Annual statistical returns and brief notes on vaccination in Bengal - 1887-1898
Year: 1887
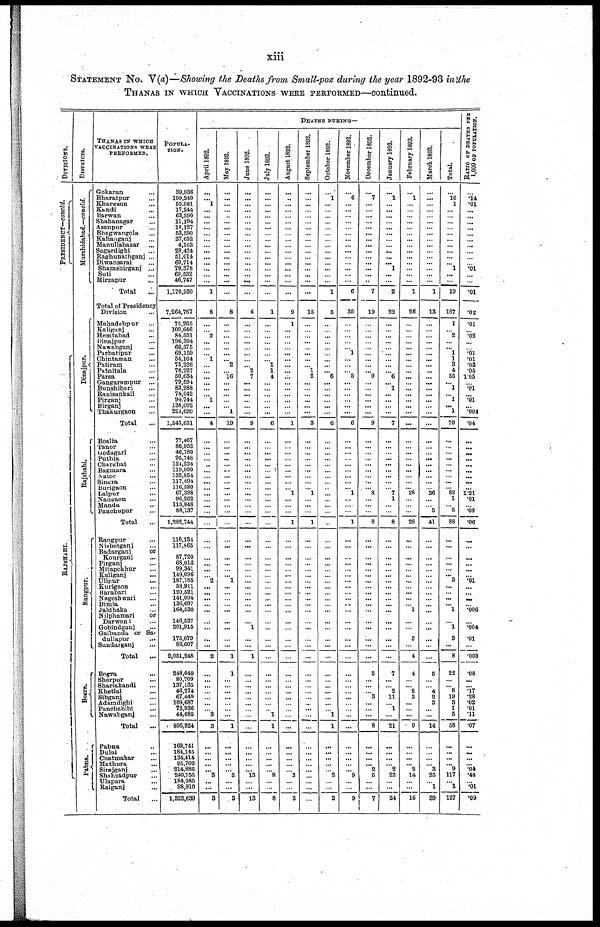
xiii
STATEMENT No. V(a)—Showing the Deaths from Small-pox during the year 1892-93 in the
THANAS IN WHICH VACCINATIONS WERE PERFORMED—continued.
DIVISIONS.
PRESIDENCY—concld.
RAJSHAHI.
DISTRICTS.
Murshidabad.—concld.
Dinajpur.
Rajshahi.
Rangpur.
Bogra.
Pabna.
THANAS IN WHICH
VACCINATIONS WERE
PERFORMED.
Gokaran ...
Bharatpur ...
Khargaon ...
Kandi ...
Barwan ...
Shahanagar ...
Asanpur ...
Bhagwangola ...
Kalianganj ...
Manullabazar ...
Sagardighi ...
Raghunathganj ...
Diwansarai ...
Shamshirganj ...
Suti ...
Mirzapur ...
Total
...
Total of Presidency
Division ...
Mahadebpur ...
Kaliganj ...
Hemtabad ...
Dinajpur
...
Nawabganj ...
Parbatipur ...
Chintaman ...
Patiram
...
Patnitala ...
Parsa ...
Gangarampur ...
Bunshihari ...
Ranisankail ...
Pirganj ...
Birganj ...
Thakurgaon ...
Total ...
Boalia ...
Tanor
...
Godagari ...
Puthia ...
Charghat ...
Bagmara ...
Nator ...
Singra ...
Burigaon ...
Dalpur ...
Naugaon ...
Manda ...
Panchupur ...
Total ...
Rangpur ...
Nisbetganj ...
Badarganj
or
Kourganj ...
Pirganj ...
Mitapokhur ...
Kaliganj
...
Ulipur ...
Kurigaon ...
Barabari ...
Nageshwari ...
Dimla ...
Jaldhaka ...
Nilphamari
or
Darwani ...
Gobindganj ...
Gaibanda or Sa¬
dullapur ...
Sundarganj ...
Total ...
Bogra ...
Sherpur ...
Shariakandi ...
Khetlal ...
Sibganj
...
Adamdighi ...
Panchabibi ...
Nawabganj ...
Total
...
Pabna ...
Dulai ...
Chatmahar ...
Mathura ...
Sirajganj ...
Shahzadpur ...
Ulapara ...
Raiganj ...
Total ...
POPULA¬
TION.
39,936
109,240
55,981
17,244
63,590
11,194
10,127
53,590
37,652
4,163
29,424
51,014
60,714
79,378
69,532
46,747
1,170,930
7,264,767
73,265
100,646
84,551
196,394
66,375
69,159
54,164
75,226
78,927
50,634
79,594
83,288
74,042
94,744
138,002
224,620
1,543,631
77,467
86,952
46,780
95,748
124,224
119,000
132,854
117,494
116,580
67,398
96,262
113,848
88,137
1,282,744
110,134
117,865
87,720
68,016
99,341
149,096
187,185
58,911
120,521
141,094
136,697
164,530
146,537
201,915
175,079
86,607
2,051,248
248,049
80,709
137,135
46,274
67,449
109,687
72,936
44,685
806,924
169,741
184,145
134,414
95,702
214,886
240,756
184,085
98,910
1,322,639
DEATHS DURING—
April 1892.
...
...
1
...
...
...
...
...
...
...
...
...
...
...
...
...
1
8
...
... 2
...
...
... 1
...
...
...
...
...
... 1
...
...
4
...
...
...
...
...
...
...
...
...
...
...
...
...
...
...
...
...
...
...
...
2
...
...
...
...
...
...
...
...
...
2
...
...
...
...
...
...
...
3
3
...
...
...
...
... 3
...
...
3
May 1892.
...
...
...
...
...
...
...
...
...
...
...
...
...
...
...
...
...
8
...
...
...
...
...
...
... 2
...
16
...
...
...
...
...
1
19
...
...
...
...
...
...
...
...
...
...
...
...
...
...
...
...
...
...
...
... 1
...
...
...
...
...
...
...
...
...
1
1
...
...
...
...
...
...
...
1
...
...
...
...
... 3
...
...
3
June 1892.
...
...
...
...
...
...
...
...
...
...
...
...
...
...
...
...
...
6
...
...
...
...
...
...
...
... 2
7
...
...
...
...
...
...
9
...
...
...
...
...
...
...
...
...
...
...
...
...
...
...
...
...
...
...
...
...
...
...
...
...
...
...
1
...
...
1
...
...
...
...
...
...
...
...
...
...
...
...
...
... 13
...
...
13
July 1892.
...
...
...
...
...
...
...
...
...
...
...
...
...
...
...
...
...
1
...
...
...
...
...
...
... 1
1
4
...
...
...
...
...
...
6
...
...
...
...
...
...
...
...
...
...
...
...
...
...
...
...
...
...
...
...
...
...
...
...
...
...
...
...
...
...
...
...
...
...
...
...
...
...
1
1
...
...
...
...
...
8
...
...
8
August 1892.
...
...
...
...
...
...
...
...
...
...
...
...
...
...
...
...
...
9
1
...
...
...
...
...
...
...
...
...
...
...
...
...
...
...
1
...
...
...
...
...
...
...
...
... 1
...
...
...
1
...
...
...
...
...
...
...
...
...
...
...
...
...
...
...
...
...
...
...
...
...
...
...
...
...
...
...
...
...
...
...
3
...
...
3
September 1892.
...
...
...
...
...
...
...
...
...
...
...
...
...
...
...
...
...
15
...
...
...
...
...
...
...
...
1
2
...
...
...
...
...
...
3
...
...
...
...
...
...
...
...
... 1
...
...
...
1
...
...
...
...
...
...
...
...
...
...
...
...
...
...
...
...
...
...
...
...
...
...
...
...
...
...
...
...
...
...
...
...
...
...
...
October 1892.
...
1
...
...
...
...
...
...
...
...
...
...
...
...
...
...
1
5
...
...
...
...
...
...
...
...
... 6
...
...
...
...
...
...
6
...
...
...
...
...
...
...
...
...
...
...
...
...
...
...
...
...
...
...
...
...
...
...
...
...
...
...
...
...
...
...
...
...
...
...
...
...
... 1
1
...
...
...
...
...
2
...
...
2
November 1892.
...
6
...
...
...
...
...
...
...
...
...
...
...
...
...
...
6
35
...
...
...
...
...
1
...
...
... 5
...
...
...
...
...
...
6
...
...
...
...
...
...
...
...
... 1
...
...
...
1
...
...
...
...
...
...
...
...
...
...
...
...
...
...
...
...
...
...
...
...
...
...
...
...
...
...
...
...
...
...
... 9
...
...
9
December 1892.
...
7
...
...
...
...
...
...
...
...
...
...
...
...
...
...
7
19
...
...
...
...
...
...
...
...
... 9
...
...
...
...
...
...
9
...
...
...
...
...
...
...
...
... 8
...
...
...
8
...
...
...
...
...
...
...
...
...
...
...
...
...
...
...
...
...
5
...
...
... 3
...
...
...
8
...
...
...
... 2
5
...
...
7
January 1893.
...
1
...
...
...
...
...
...
...
...
...
...
... 1
...
...
2
22
...
...
...
...
...
...
...
...
... 6
...
1
...
...
...
...
7
...
...
...
...
...
...
...
...
...
7
1
...
...
8
...
...
...
...
...
...
...
...
...
...
...
...
...
...
...
...
...
7
...
...
2
11
... 1
...
21
...
...
...
...
2
22
...
...
24
February 1893.
...
1
...
...
...
...
...
...
...
...
...
...
...
...
...
...
1
26
...
...
...
...
...
...
...
...
...
...
...
...
...
...
...
...
...
...
...
...
...
...
...
...
...
... 28
...
...
...
28
...
...
...
...
...
...
...
...
...
...
...
1
...
...
3
...
4
4
...
... 2
3
...
...
...
9
...
...
...
... 2
14
...
...
16
March 1893.
...
...
...
...
...
...
...
...
...
...
...
...
...
...
...
...
1
13
...
...
...
...
...
...
...
...
...
...
...
...
...
...
...
...
...
...
...
...
...
...
...
...
...
...
36
...
...
5
41
...
...
...
...
...
...
...
...
...
...
...
...
...
...
...
...
...
5
...
...
4
2
3
...
...
14
...
...
...
... 3
35
... 1
39
Total.
...
16
1
...
...
...
...
...
...
...
...
...
... 1
...
...
19
167
1
... 2
...
... 1
1
3
4
55
... 1
... 1
... 1
70
...
...
...
...
...
...
...
...
... 82
1
... 5
88
...
...
...
...
...
... 3
...
...
...
... 1
...
1
3
...
8
22
...
... 8
19
3
1
5
58
...
...
...
... 9
117
... 1
127
RATIO OF DEATHS PER
1,000 OF POPULATION.
...
.14
.01
...
...
...
...
...
...
...
...
...
...
.01
...
...
.01
.02
.01
...
.02
...
...
.01
.01
.03
.05
1.05
...
.01
... .01
... .004
.04
...
...
...
...
...
...
...
...
...
1.21
.01
...
.08
.06
...
...
...
...
...
... .01
...
...
...
... .006
...
.004
.01
...
.003
.08
...
... .17
.28
.02
.01
.11
.07
...
...
...
... .04
.48
...
.01
.09